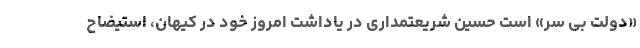
«دولت بی سر» است حسین شریعتمداری در یاداشت امروز خود در کیهان، استیضاح